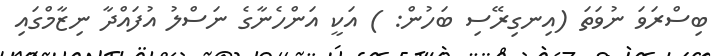
ބިސްރަވަ ނުވަތަ (އިނގިރޭސި ބަހުން: ) އަކީ އަންހެނާގެ ނަސްލު އުފައްދާ ނިޒާމްގައި